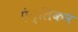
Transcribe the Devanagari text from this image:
एंग्लिंकन